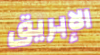
الإبريق